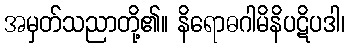
အမှတ်သညာတို့၏။ နိရောဓဂါမိနိပဋိပဒါ၊